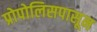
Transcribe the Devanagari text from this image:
प्रोपोलिसपासून